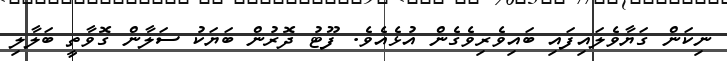
ނިކަން ގަޔާވެލައިފައި ބައިވެރިވެގެން އުޅެއެވެ. ފޫޓު ދޮރުން ބަޔަކު ސަލާން ގޮވާތީ ބަލާލި